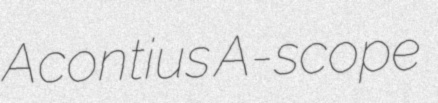
Acontius A-scope